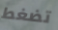
تضغط